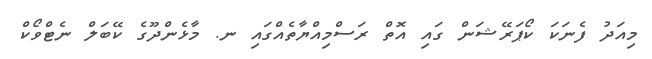
މިއަދު ފެނަކަ ކޯޕަރޭޝަން ގައި އޮތް ރަސްމިއްޔާތެއްގައި ނ. މާޅެންދޫގެ ކޭބަލް ނެޓްވޯކް